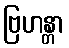
ဗြဟန္တာ